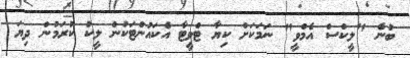
ބުނެ "ލީކްސް އެމްވީ" ނަމަކަށް ކިޔާ ޓްވީޓާ އެކައުންޓަކުން ލީކު ކުރަމުން ދިޔަ